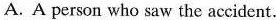
A. A person who saw the accident.